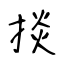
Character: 掞